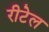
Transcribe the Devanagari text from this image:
रीटेल